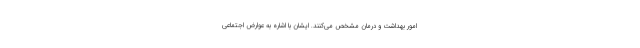
امور بهداشت و درمان مشخص می‌کنند. ایشان با اشاره به عوارض اجتماعی